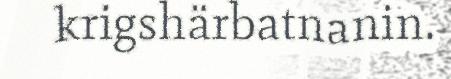
krigshärbatnanin.